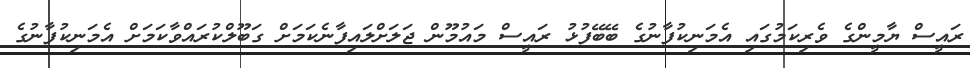
ރައީސް ޔާމީންގެ ވެރިކަމުގައި އެމަނިކުފާނުގެ ބޭބޭފުޅު ރައީސް މައުމޫން ޖަލަށްލައިފާނެކަމަށް ގަބޫލްކުރައްވާކަމަށް އެމަނިކުފާނުގެ